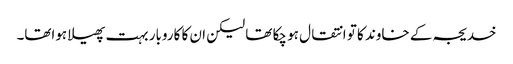
خدیجہ کے خاوند کا تو انتقال ہو چکا تھا لیکن ان کا کاروبار بہت پھیلا ہواتھا۔